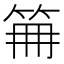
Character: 𥬰